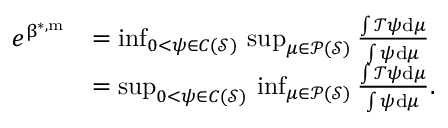
\begin{array} { r l } { e ^ { \upbeta ^ { * , \mathrm { m } } } } & { = \operatorname* { i n f } _ { 0 < \psi \in C ( { \mathcal { S } } ) } \, \operatorname* { s u p } _ { \mu \in { \mathcal { P } } ( { \mathcal { S } } ) } \frac { \int { \mathcal { T } } \psi \mathrm { d } \mu } { \int \psi \mathrm { d } \mu } } \\ & { = \operatorname* { s u p } _ { 0 < \psi \in C ( { \mathcal { S } } ) } \, \operatorname* { i n f } _ { \mu \in { \mathcal { P } } ( { \mathcal { S } } ) } \frac { \int { \mathcal { T } } \psi \mathrm { d } \mu } { \int \psi \mathrm { d } \mu } . } \end{array}